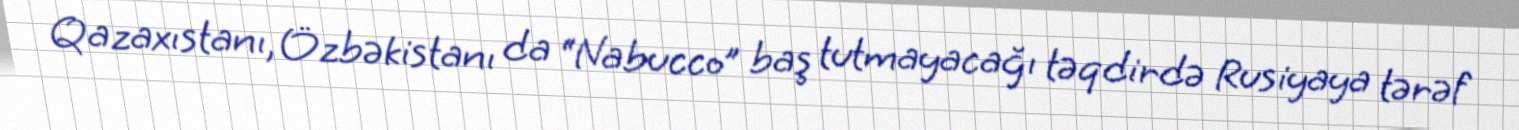
Qazaxıstanı, Özbəkistanı da “Nabucco” baş tutmayacağı təqdirdə Rusiyaya tərəf